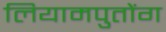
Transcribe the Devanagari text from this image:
लियामपुतोंग